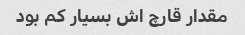
مقدار قارچ اش بسیار کم بود